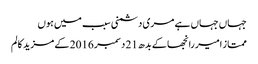
جہاں جہاں ہے مری دشمنی سبب میں ہوں
ممتاز امیر رانجھا کے بدھ 21 دسمبر 2016 کے مزید کالم